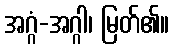
အဂ္ဂံ-အဂ္ဂါ၊ မြတ်၏။